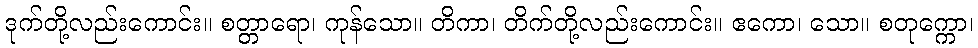
ဒုက်တို့လည်းကောင်း။ စတ္တာရော၊ ကုန်သော။ တိကာ၊ တိက်တို့လည်းကောင်း။ ဧကော၊ သော။ စတုက္ကော၊